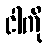
ငါကို